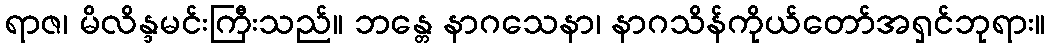
ရာဇ၊ မိလိန္ဒမင်းကြီးသည်။ ဘန္တေ နာဂသေနာ၊ နာဂသိန်ကိုယ်တော်အရှင်ဘုရား။